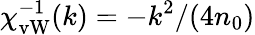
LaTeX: \chi_{\mathrm{vW}}^{-1}(k)=-k^{2}/(4n_{0})